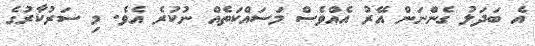
އެ ބަދަލު ގެންނަން އޭރު އެއްވެސް މަސައްކަތެއް ނުކުރެ އެވެ. މި ސަރުކާރުގެ